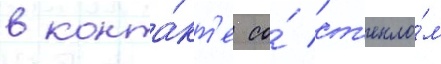
в конта́кт'е со́ ст'екло́м